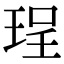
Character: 珵